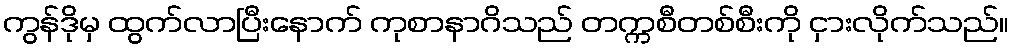
ကွန်ဒိုမှ ထွက်လာပြီးနောက် ကုစာနာဂိသည် တက္ကစီတစ်စီးကို ငှားလိုက်သည်။